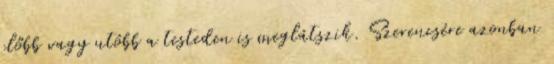
előbb vagy utóbb a testeden is meglátszik. Szerencsére azonban